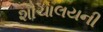
શૌચાલયની